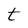
Character: t